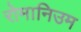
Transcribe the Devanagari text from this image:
रोमानिउम